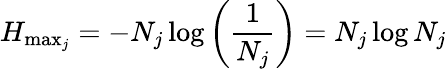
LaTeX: H_{\operatorname*{max}_{j}}=-N_{j}\log\left(\frac{1}{N_{j}}\right)=N_{j}\log N_{j}